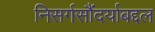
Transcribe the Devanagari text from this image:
निसर्गसौंदर्याबद्दल